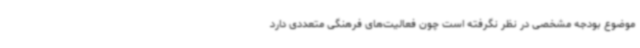
موضوع بودجه مشخصی در نظر نگرفته است چون فعالیت‌های فرهنگی متعددی دارد